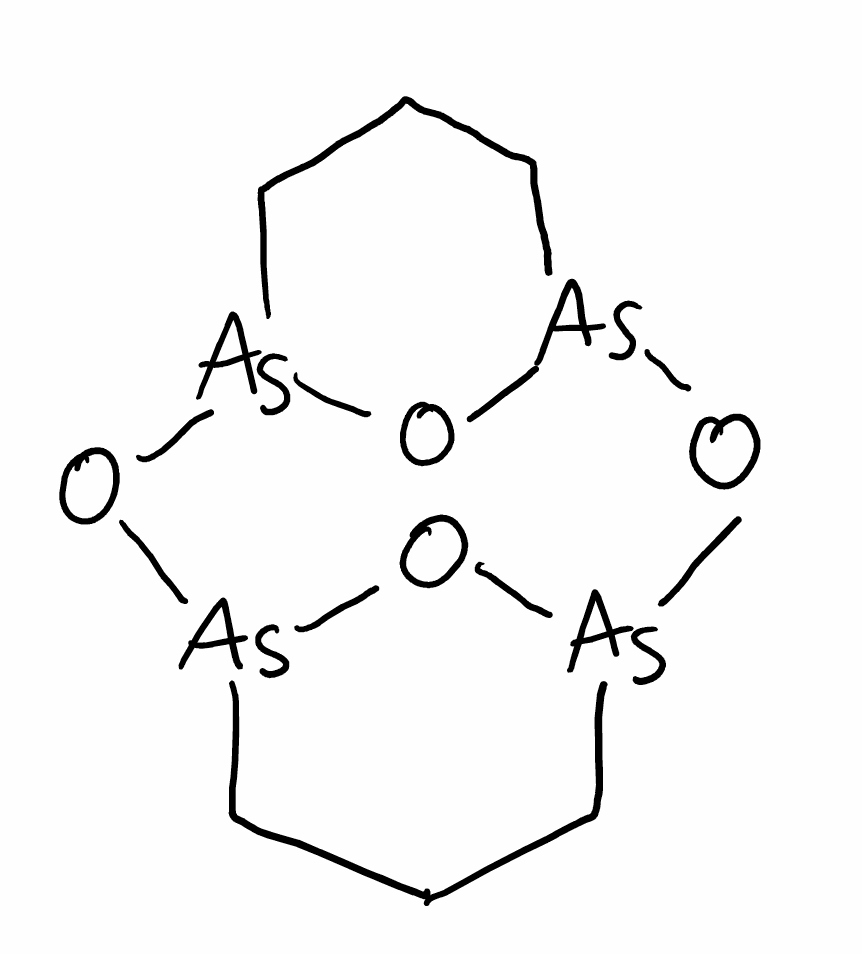
Simplified molecular-input line-entry system (SMILES) notation of the given molecule:
C1C[As]2O[As]3CCC[As](O3)O[As](C1)O2